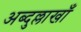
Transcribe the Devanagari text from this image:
अब्दुल्लाखाँ